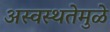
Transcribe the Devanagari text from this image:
अस्वस्थतेमुळे